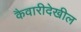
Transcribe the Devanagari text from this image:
कैवारीदेखील